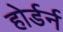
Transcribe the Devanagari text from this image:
होर्डर्न